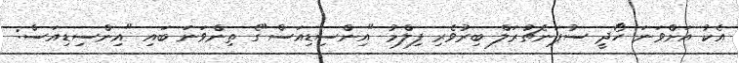
އެކު އަށްވަނަ ހޯދީ ސުޕަނެޗުރަލް ބިރުވެރި ފިލްމު "އިންސިޑިއަސް"ގެ ތިންވަނަ ބައި "އިންސިޑިއަސް: